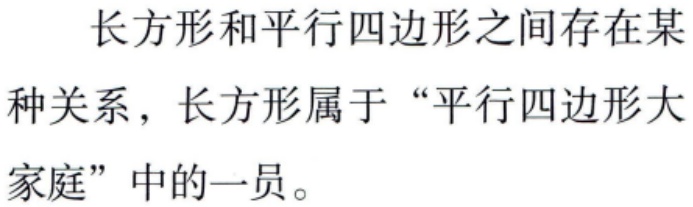
长方形和平行四边形之间存在某种关系，长方形属于“平行四边形大家庭”中的一员。